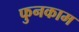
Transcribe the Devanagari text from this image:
फुनकाम